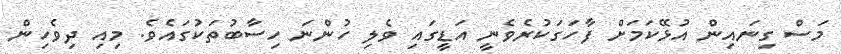
މަސް ގިނައިން އުޅޭކަމަށް ފާހަގަކުރެވެނީ އަޑީގައި ވެލި ހުންނަ ހިސާބުތަކުގައެވެ. މިއި ދިވެހިން